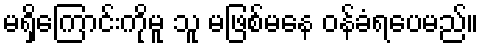
မရှိကြောင်းကိုမူ သူ မဖြစ်မနေ ဝန်ခံရပေမည်။